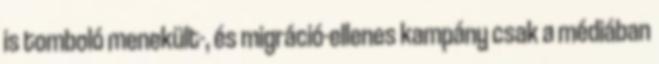
is tomboló menekült-, és migráció-ellenes kampány csak a médiában